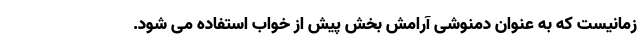
زمانیست که به عنوان دمنوشی آرامش بخش پیش از خواب استفاده می شود.